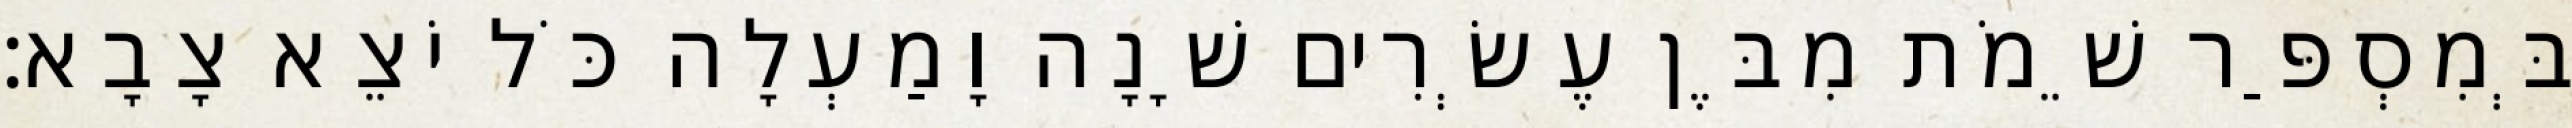
בְּמִסְפַּר שֵׁמֹת מִבֶּן עֶשְׂרִים שָׁנָה וָמַעְלָה כֹּל יֹצֵא צָבָא׃